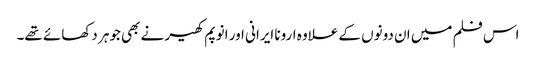
اس فلم میں ان دونوں کے علاوہ ارونا ایرانی اور انوپم کھیر نے بھی جوہر دکھائے تھے۔